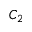
C _ { 2 }